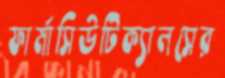
ফার্মাসিউটিক্যালসের